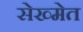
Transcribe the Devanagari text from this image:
सेख्मेत